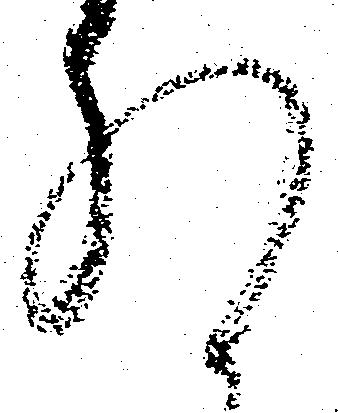
れ